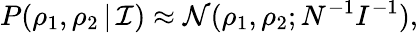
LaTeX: P(\rho_{1},\rho_{2}\, |\, \mathcal I)\approx\mathcal N(\rho_{1},\rho_{2};N^{-1}I^{-1}),